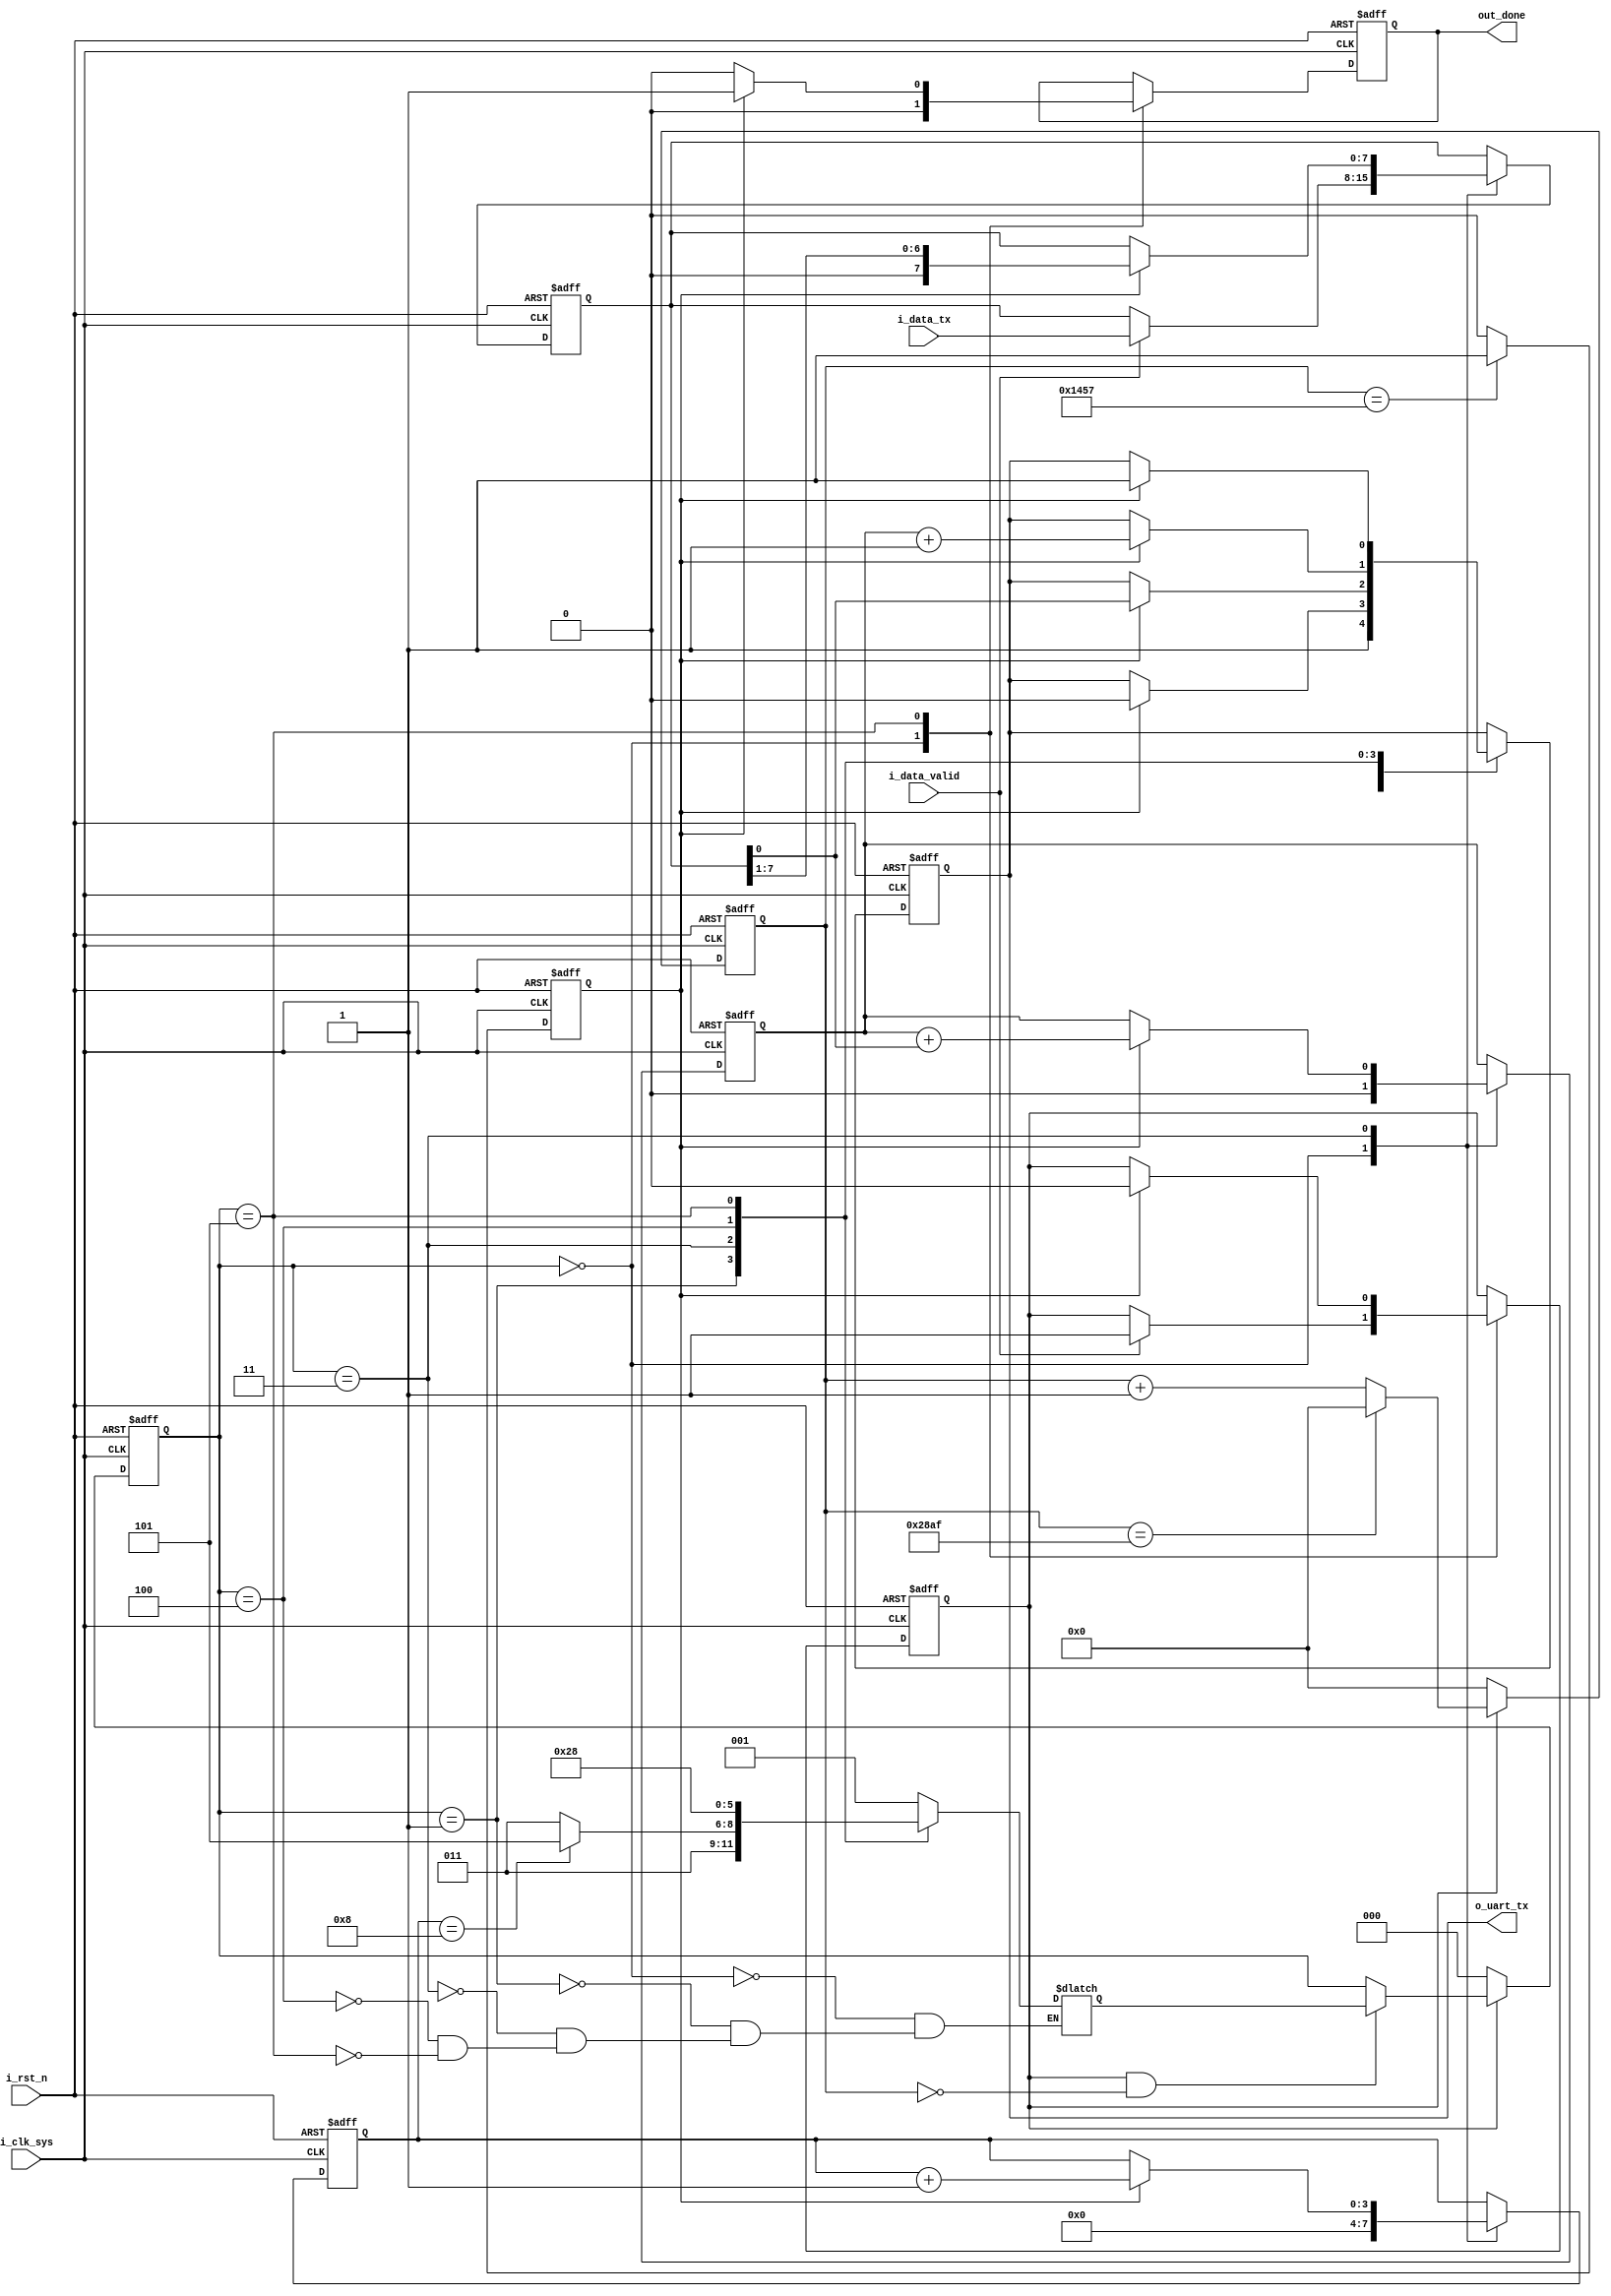
`timescale 1ns / 1ps
//`timescale 1us / 1ns

module UART_Transmitter
#(
   //parameter CLK_FRE = 100,         //100MHz
   parameter CLK_FRE = 100,         //100000Hz
   parameter DATA_WIDTH = 8,       //8
   parameter PARITY_ON = 0,        //100
   parameter PARITY_TYPE = 0,      //10
   parameter BAUD_RATE = 9600      //9600
)
(   input                       i_clk_sys,      //
   input                       i_rst_n,        //
   //input                       start_sending,  //
   input [DATA_WIDTH-1 : 0]    i_data_tx,      //
   input                       i_data_valid,   //
   output reg                  o_uart_tx,       //UART
   output reg                  out_done  //
   );
   
       
   //
           reg [2:0] r_current_state;  //
           reg [2:0] r_next_state;     //
               
           localparam STATE_IDLE = 3'b000;         //
           localparam STATE_START = 3'b001;        //
           localparam STATE_DATA = 3'b011;         //
           localparam STATE_PARITY = 3'b100;       //
           localparam STATE_END = 3'b101;          //
           
           localparam CYCLE = CLK_FRE * 1000000 / BAUD_RATE;   //
           //localparam CYCLE = CLK_FRE / BAUD_RATE;   //
           
           reg baud_valid;                         //
           reg [31:0] baud_cnt;                    // 
           reg baud_pulse;                         //
           
           reg [3:0]   r_tx_cnt;      //
           
           //
           always@(posedge i_clk_sys or negedge i_rst_n)
               begin
                   if(!i_rst_n)
                       baud_cnt <= 32'h0000;
                   else if(!baud_valid)
                       baud_cnt <= 32'h0000;
                   else if(baud_cnt == CYCLE - 1)
                       baud_cnt <= 32'h0000;
                   else
                       baud_cnt <= baud_cnt + 1'b1;
               end
               
           //
           always@(posedge i_clk_sys or negedge i_rst_n)
               begin
                   if(!i_rst_n)
                       baud_pulse <= 1'b0;
                   else if(baud_cnt == CYCLE/2-1)
                       baud_pulse <= 1'b1;
                   else
                       baud_pulse <= 1'b0;
               end
           
           //
           always@(posedge i_clk_sys or negedge i_rst_n)
               begin
                   if(!i_rst_n)
                       r_current_state <= STATE_IDLE;
                   else if(!baud_valid)
                       r_current_state <= STATE_IDLE;
                   else if(baud_valid && baud_cnt == 32'h0000)
                       r_current_state <= r_next_state;
               end
           
           //
           always@(*)
               begin
                   case(r_current_state)
                       STATE_IDLE:     r_next_state <= STATE_START;
                       STATE_START:    r_next_state <= STATE_DATA;
                       STATE_DATA:
                           if(r_tx_cnt == DATA_WIDTH)
                               begin
                                   if(PARITY_ON == 0)
                                       r_next_state <= STATE_END;
                                   else
                                       r_next_state <= STATE_PARITY;       //
                               end
                           else
                               begin
                                       r_next_state <= STATE_DATA;
                               end
                       STATE_PARITY:   r_next_state <= STATE_END;
                       STATE_END:      r_next_state <= STATE_IDLE;
                       default:;
                   endcase
               end
   
   
   reg [DATA_WIDTH-1 : 0]      r_data_tx;
   reg                         r_parity_check;
   //
   always@(posedge i_clk_sys or negedge i_rst_n)
       begin
           //if(!i_rst_n || !start_sending)
           if(!i_rst_n)
               begin
                   baud_valid  <= 1'b0;
                   r_data_tx   <= 'd0;
                   o_uart_tx   <= 1'b1;
                   r_tx_cnt    <= 4'd0;
                   r_parity_check <= 1'b0;
                   out_done <= 1'b0;
               end
           else
               case(r_current_state)
                   STATE_IDLE:begin
                           o_uart_tx   <= 1'b1;
                           r_tx_cnt    <= 4'd0;
                           r_parity_check <= 4'd0;
                           out_done <= 1'b0;
                           if(i_data_valid)
                               begin
                                   baud_valid <= 1'b1;
                                   r_data_tx <= i_data_tx;
                               end
                       end
                   STATE_START:begin
                          if(baud_pulse)
                               o_uart_tx   <= 1'b0;
                       end
                   STATE_DATA:begin
                           if(baud_pulse)
                               begin
                                   r_tx_cnt <= r_tx_cnt + 1'b1;
                                   o_uart_tx <= r_data_tx[0];
                                   r_parity_check <= r_parity_check + r_data_tx[0];
                                   r_data_tx <= {1'b0 ,r_data_tx[DATA_WIDTH-1:1]};
                               end
                       end
                   STATE_PARITY:begin
                           if(baud_pulse)
                               begin
                                   if(PARITY_TYPE == 1)
                                       o_uart_tx <= r_parity_check;
                                   else
                                       o_uart_tx <= r_parity_check + 1'b1;
                               end
                       end
                   STATE_END:begin
                           if(baud_pulse)
                               begin
                                   o_uart_tx <= 1'b1;
                                   baud_valid <= 1'b0;
                                   out_done <= 1'b1;
                               end
                           else
                               out_done <= 1'b0;
                       end
                   default:;
               endcase
       end

endmodule